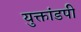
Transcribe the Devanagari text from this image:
युक्तांडपी